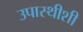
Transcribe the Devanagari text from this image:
उपास्थीशी